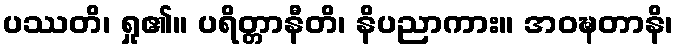
ပဿတိ၊ ရှု၏။ ပရိတ္တာနီတိ၊ နိပညာကား။ အဝဍ္ဎတာနိ၊